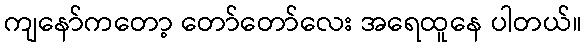
ကျနော်ကတော့ တော်တော်လေး အရေထူနေ ပါတယ်။